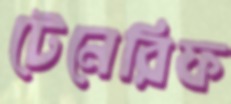
টেনেরিফ